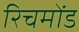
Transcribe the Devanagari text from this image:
रिचमोंड